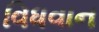
વિધવાન